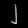
Digit: ၂